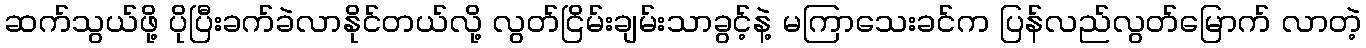
ဆက်သွယ်ဖို့ ပိုပြီးခက်ခဲလာနိုင်တယ်လို့ လွတ်ငြိမ်းချမ်းသာခွင့်နဲ့ မကြာသေးခင်က ပြန်လည်လွတ်မြောက် လာတဲ့